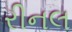
રીનલ